Civil Veterinary Dept. Assam report 1927-50 - 1927-1950
Year: 1927
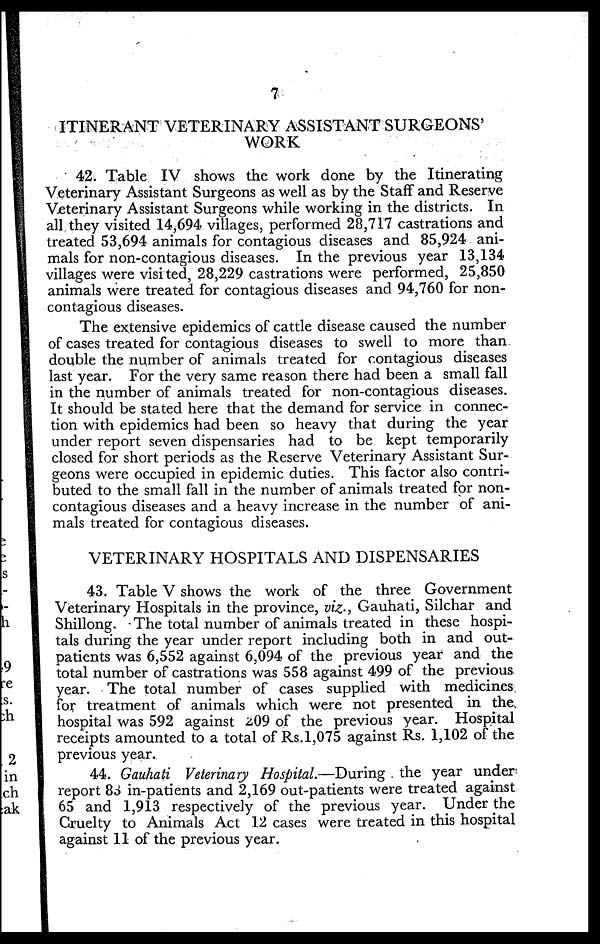
7
ITINERANT VETERINARY ASSISTANT SURGEONS'
WORK
42. Table IV shows the work done by the Itinerating
Veterinary Assistant Surgeons as well as by the Staff and Reserve
Veterinary Assistant Surgeons while working in the districts. In
all they visited 14,694 villages, performed 28,717 castrations and
treated 53,694 animals for contagious diseases and 85,924 ani-
mals for non-contagious diseases. In the previous year 13,134
villages were visited, 28,229 castrations were performed, 25,850
animals were treated for contagious diseases and 94,760 for non-
contagious diseases.
The extensive epidemics of cattle disease caused the number
of cases treated for contagious diseases to swell to more than
double the number of animals treated for contagious diseases
last year. For the very same reason there had been a small fall
in the number of animals treated for non-contagious diseases.
It should be stated here that the demand for service in connec-
tion with epidemics had been so heavy that during the year
under report seven dispensaries had to be kept temporarily
closed for short periods as the Reserve Veterinary Assistant Sur-
geons were occupied in epidemic duties. This factor also contri-
buted to the small fall in the number of animals treated for non-
contagious diseases and a heavy increase in the number of ani-
mals treated for contagious diseases.
VETERINARY HOSPITALS AND DISPENSARIES
43. Table V shows the work of the three Government
Veterinary Hospitals in the province, viz., Gauhati, Silchar and
Shillong. The total number of animals treated in these hospi-
tals during the year under report including both in and out-
patients was 6,552 against 6,094 of the previous year and the
total number of castrations was 558 against 499 of the previous
year. The total number of cases supplied with medicines
for treatment of animals which were not presented in the
hospital was 592 against z09 of the previous year. Hospital
receipts amounted to a total of Rs. 1,075 against Rs. 1,102 of the
previous year.
44. Gauhati Veterinary Hospital.—During the year under
report 88 in-patients and 2,169 out-patients were treated against
65 and 1,913 respectively of the previous year. Under the
Cruelty to Animals Act 12 cases were treated in this hospital
against 11 of the previous year.